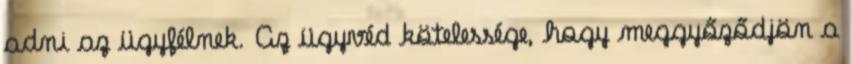
adni az ügyfélnek. Az ügyvéd kötelessége, hogy meggyőződjön a